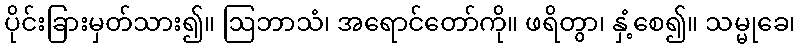
ပိုင်းခြားမှတ်သား၍။ ဩဘာသံ၊ အရောင်တော်ကို။ ဖရိတွာ၊ နှံ့စေ၍။ သမ္မုခေ၊